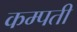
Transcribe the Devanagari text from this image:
कम्पती